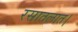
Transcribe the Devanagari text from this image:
रसातलात।